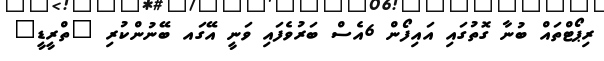
ރިޕޯޓްތައް ބުނާ ގޮތުގައި އައިފޯން 6އެސް ބަރުވެފައި ވަނީ އޭގައ ބޭނުންކުރި "ތްރީޑީ"